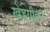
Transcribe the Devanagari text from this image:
खेडगीकर